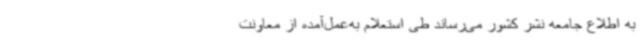
به اطلاع جامعه نشر کشور می‌رساند طی استعلام به‌عمل‌آمده از معاونت